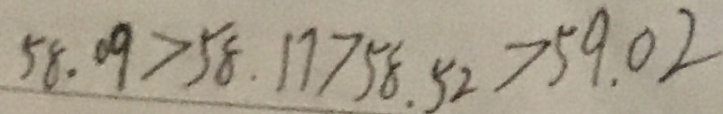
5 8 . 0 9 > 5 8 . 1 7 > 5 8 . 5 2 > 5 9 . 0 2